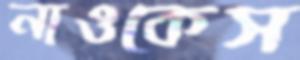
নাওকেস